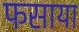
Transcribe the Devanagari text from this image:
फसाया